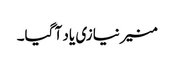
منیر نیازی یاد آ گیا۔